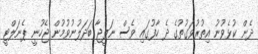
ދެން ކުޅެވުނު އިތުރުވަގުތުގެ ދެ ހާފުގައި ވެސް ނަތީޖާ ބަދަލުނުވުމުން ޖެހުނީ ޕެނަލްޓީ